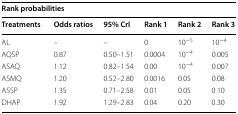
<table><thead><tr><td colspan="6"><b>Rank probabilities</b></td></tr><tr><td><b>Treatments</b></td><td><b>Odds ratios</b></td><td><b>95% CrI</b></td><td><b>Rank 1</b></td><td><b>Rank 2</b></td><td><b>Rank 3</b></td></tr></thead><tbody><tr><td>AL</td><td>–</td><td>–</td><td>0</td><td>10<sup>−5</sup></td><td>10<sup>−4</sup></td></tr><tr><td>AQSP</td><td>0.87</td><td>0.50–1.51</td><td>0.0004</td><td>10<sup>−4</sup></td><td>0.005</td></tr><tr><td>ASAQ</td><td>1.12</td><td>0.82–1.54</td><td>0.00</td><td>10<sup>−4</sup></td><td>0.007</td></tr><tr><td>ASMQ</td><td>1.20</td><td>0.52–2.80</td><td>0.0016</td><td>0.05</td><td>0.08</td></tr><tr><td>ASSP</td><td>1.35</td><td>0.71–2.58</td><td>0.01</td><td>0.05</td><td>0.10</td></tr><tr><td>DHAP</td><td>1.92</td><td>1.29–2.83</td><td>0.04</td><td>0.20</td><td>0.30</td></tr></tbody></table>